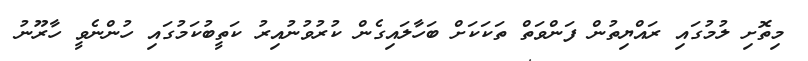
މިތޮށި ލުމުގައި ރައްޔިތުން ފަންވަތް ތަކަކަށް ބަހާލައިގެން ކުރުވުނުއިރު ކަތީބުކަމުގައި ހުންނެވީ ހާރޫނު